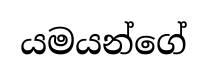
යමයන්ගේ